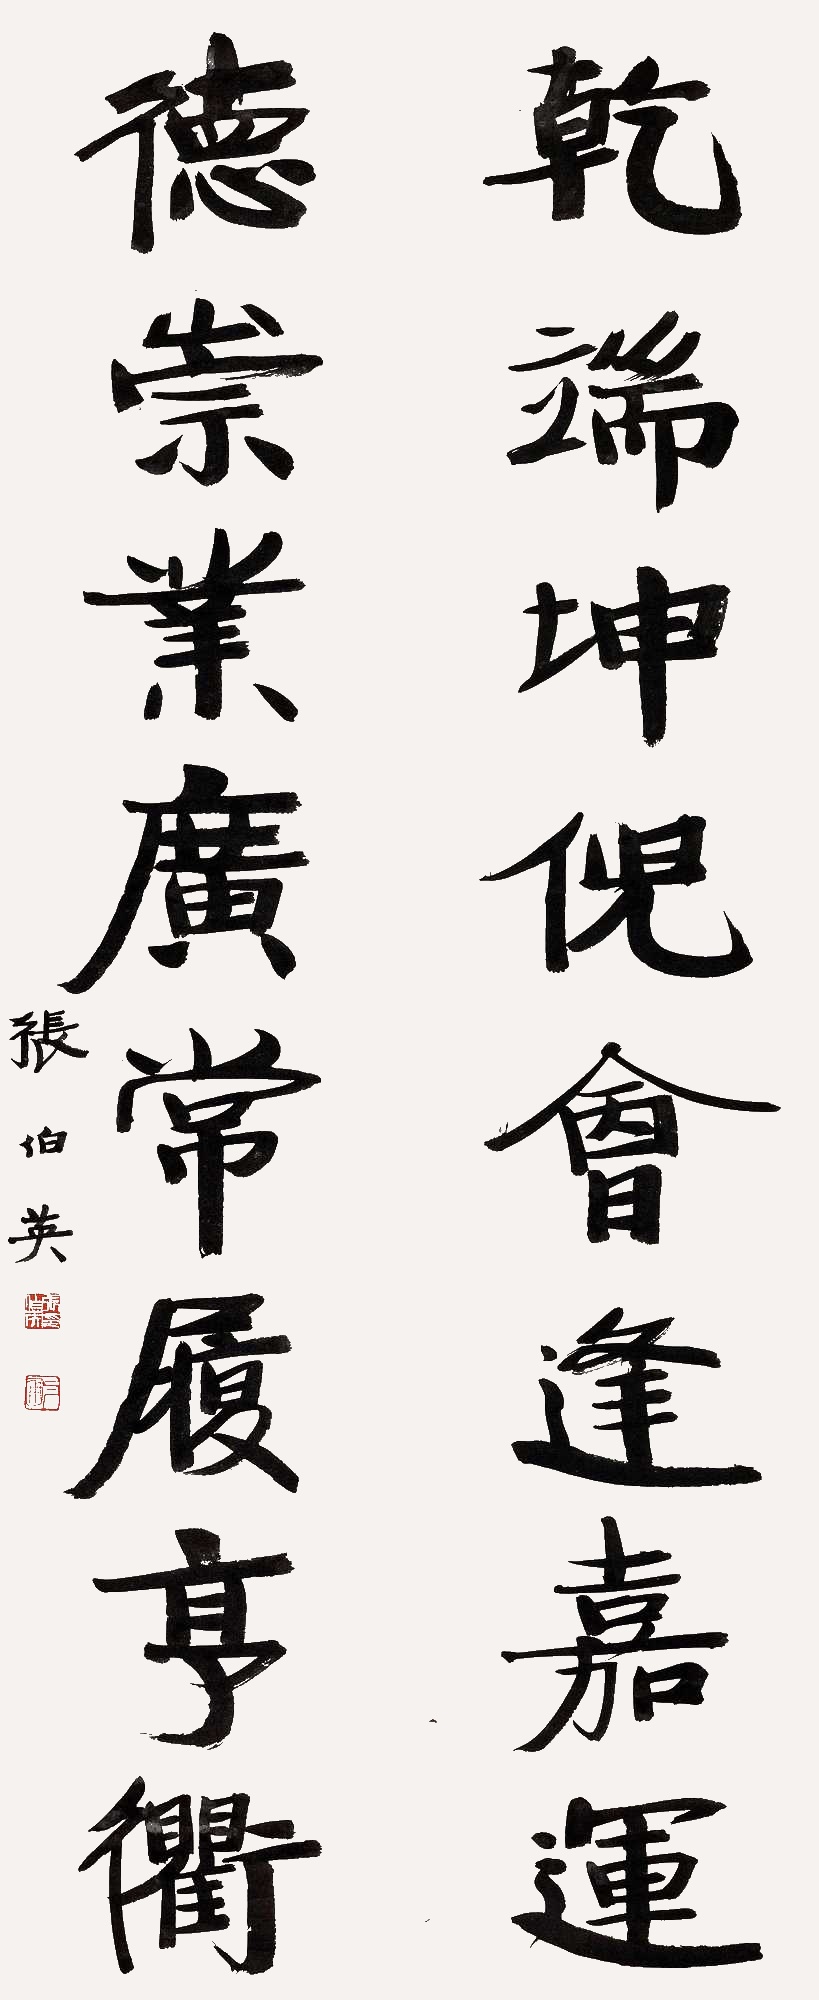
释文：干端坤倪会逢嘉运，德崇业广常履亨衢。张伯英。